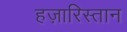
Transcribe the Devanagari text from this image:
हज़ारिस्तान